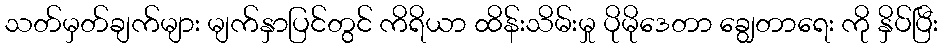
သတ်မှတ်ချက်များ မျက်နှာပြင်တွင် ကိရိယာ ထိန်းသိမ်းမှု ပိုမိုဒေတာ ချွေတာရေး ကို နှိပ်ပြီး